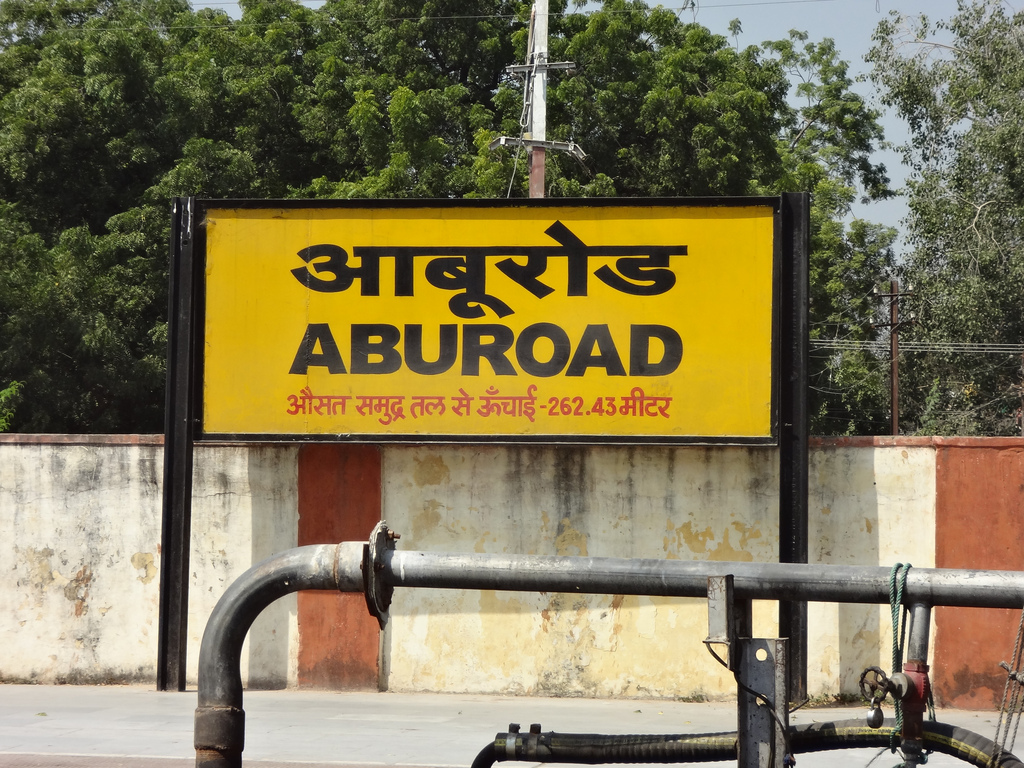
Language: hindi
Transcription: औसत समुद्र तल ऊँचाई से मीटर